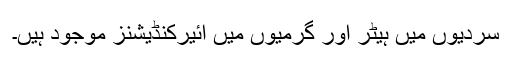
سردیوں میں ہیٹر اور گرمیوں میں ائیرکنڈیشنز موجود ہیں۔